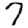
Digit: 7